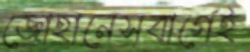
জোহানেসবার্গেই